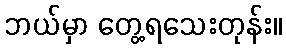
ဘယ်မှာ တွေ့ရသေးတုန်း။